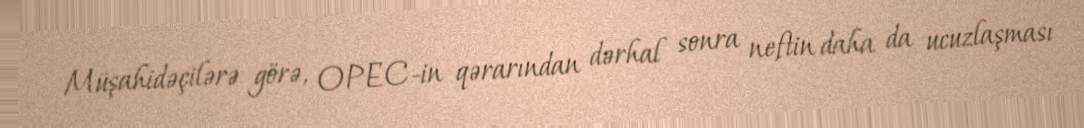
Müşahidəçilərə görə, OPEC-in qərarından dərhal sonra neftin daha da ucuzlaşması